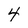
Character: 4